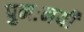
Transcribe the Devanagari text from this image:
पुनःनयी